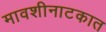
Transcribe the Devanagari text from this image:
मावशीनाटकात